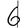
Digit: 6